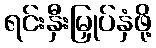
ရင်းနှီးမြှုပ်နှံဖို့